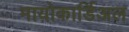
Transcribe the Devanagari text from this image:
मायोकार्डिअल